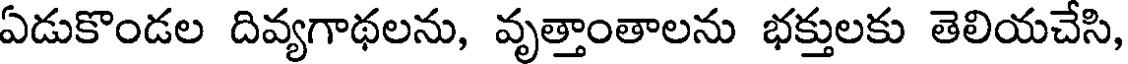
ఏడుకొండల దివ్యగాథలను, వృత్తాంతాలను భక్తులకు తెలియచేసి,